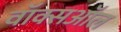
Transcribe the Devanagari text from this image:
वॉक्सऑल